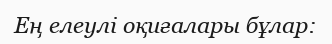
Ең елеулі оқиғалары бұлар: